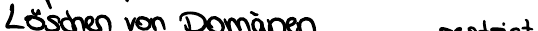
Löschen von Domänen